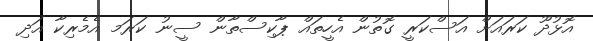
އޮޅުދޫ ކަރައަށް އަސްކަރީ ގޮތުން އެހީތައް ޕާކިސްތާން ސީނު ކަރަމ އެމެރިކާ އަދި